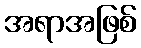
အရာအဖြစ်